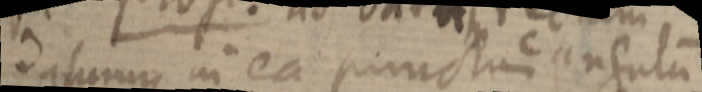
datumque in ea punctum c angulum